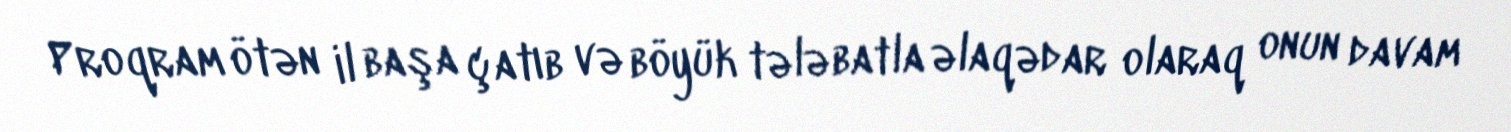
Proqram ötən il başa çatıb və böyük tələbatla əlaqədar olaraq onun davam